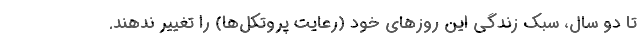
تا دو سال، سبک زندگی این روزهای خود (رعایت پروتکل‌ها) را تغییر ندهند.